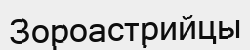
Зороастрийцы